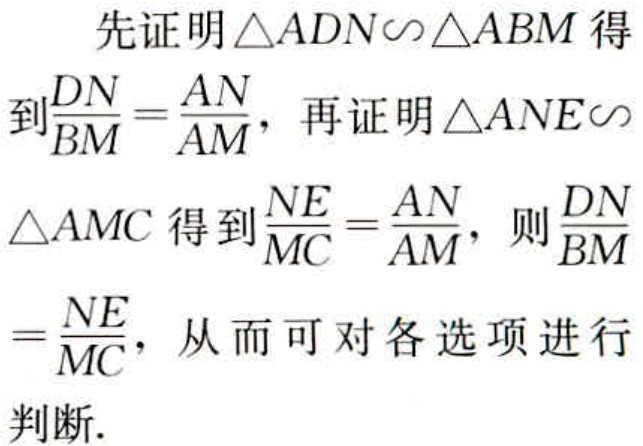
先证明\(\triangle ADN\sim\triangle ABM\)得
到\(\frac{DN}{BM}=\frac{AN}{AM}\)，再证明\(\triangle ANE\sim\)
\(\triangle AMC\)得到\(\frac{NE}{MC}=\frac{AN}{AM}\)，则\(\frac{DN}{BM}\)
\(=\frac{NE}{MC}\)，从而可对各选项进行
判断.